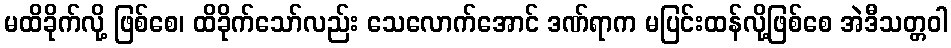
မထိခိုက်လို့ ဖြစ်စေ၊ ထိခိုက်သော်လည်း သေလောက်အောင် ဒဏ်ရာက မပြင်းထန်လို့ဖြစ်စေ အဲဒီသတ္တဝါ